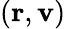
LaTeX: \displaystyle(\mathbf{r},\mathbf{v})